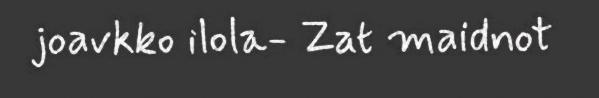
joavkko ilola- Zat maidnot